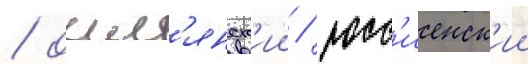
/ ошм'янск'ии / росс'иенск'ии